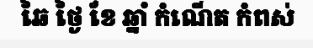
ឆៃ ថ្ងៃ ខែ ឆ្នាំ កំណើត កំពស់